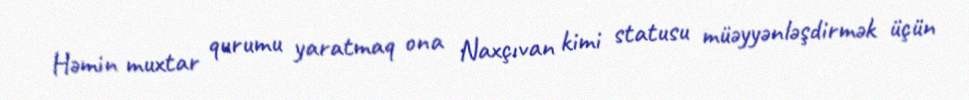
Həmin muxtar qurumu yaratmaq ona Naxçıvan kimi statusu müəyyənləşdirmək üçün